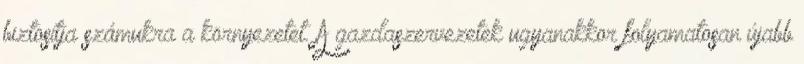
biztosítja számukra a környezetet. A gazdaszervezetek ugyanakkor folyamatosan újabb